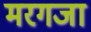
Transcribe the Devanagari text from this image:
मरगजा